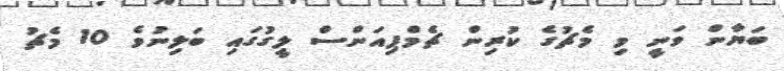
ބަޔާން ވަނީ މި މެޗުގެ ކުރިން ޗެމްޕިއަންސް ލީގުގައި ބަލިނުވެ 10 މެޗު